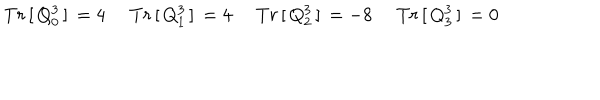
\left. \begin{array} { l l l l } { { T r \, [ \, Q _ { 0 } ^ { 3 } \, ] \, = 4 \, } } & { { \, T r \, [ \, Q _ { 1 } ^ { 3 } \, ] \, = 4 \, } } & { { \, T r \, [ \, Q _ { 2 } ^ { 3 } \, ] \, = - 8 \, } } & { { \, T r \, [ \, Q _ { 3 } ^ { 3 } \, ] \, = 0 } } \\ \end{array} \right.